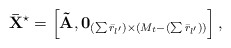
\begin{align*} {{\bf{\bar X}}^{\star}} = \left[ {{\bf{\tilde A}},{{\bf{0}}_{(\sum {{{\bar r}_{l'}}} ) \times ({M_t} - (\sum {{{\bar r}_{l'}}} ))}}} \right], \end{align*}